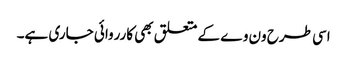
اسی طرح ون وے کے متعلق بھی کارروائی جاری ہے۔